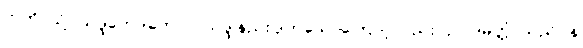
ဣတိ၊ သို့။ သဒ္ဒဘေဒတောပိ၊ သဒ္ဒါနည်းပျက်သောကြောင့်လည်း။ ဥပ္ပါဒမတ္တံ၊ သည်။ န